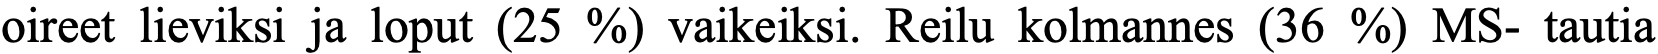
oireet lieviksi ja loput (25 %) vaikeiksi. Reilu kolmannes (36 %) MS- tautia